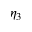
\eta _ { 3 }